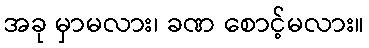
အခု မှာမလား၊ ခဏ စောင့်မလား။